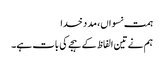
ہمت نسواں، مد د خدا
ہم نے تین الفاظ کے ہجے کی بات ہے۔